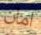
امان